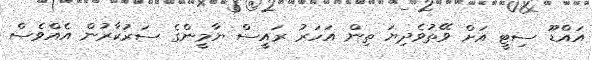
އައްޑޫ ސިޓީ އަށް ވޭތުވެދިޔަ ތިން އަހަރު ރައީސް ޔާމީންގެ ސަރުކާރުން އެއްވެސް